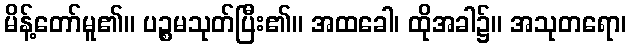
မိန့်တော်မူ၏။ ပဉ္စမသုတ်ပြီး၏။ အထခေါ၊ ထိုအခါ၌။ အသုတရော၊